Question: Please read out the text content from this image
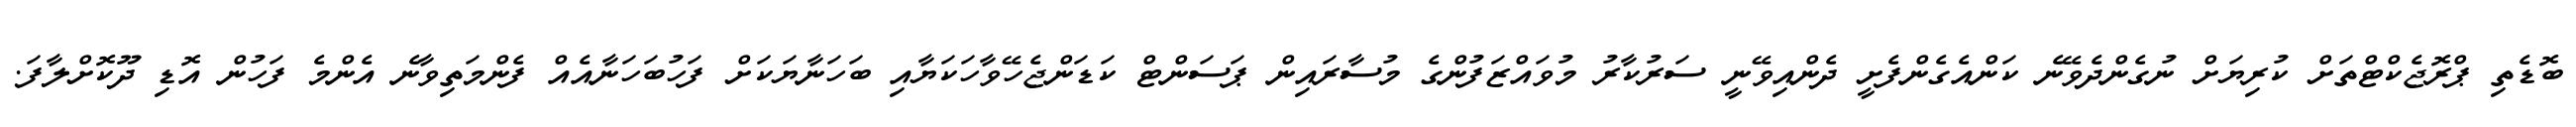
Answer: ބޮޑެތި ޕްރޮޖެކްޓްތަށް ކުރިޔަށް ނުގެންދެވޭނެ ކަންއެގެންފެށީ ދެންއިވޭނީ ސަރުކާރު މުވައްޒަފުންގެ މުސާރައިން ޕަސަންޓް ކަޑަންޖެހޭވާހަކަޔާއި ބަހަނާޔަކަށް ފަހުބަހަނާއެއް ފެންމަތިވާނެ އެންމެ ފަހުން އޮޑި ދޫކޮށްލާފަ.